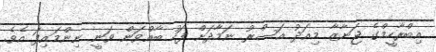
އިބްރާހީމްގެ ޖަނާޒާ މިއަދު އަސްރު ނަމާދަށް ފަހު ބާއްވަން ވަނީ ނިންމައިފަ އެވެ.